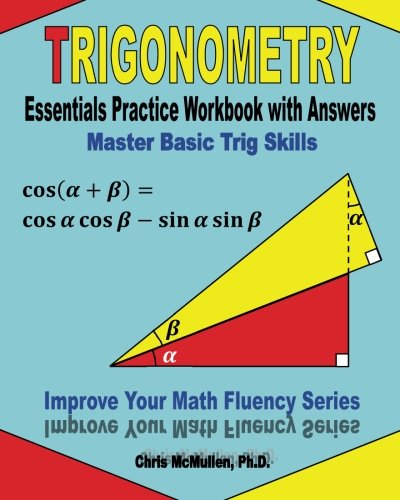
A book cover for Trigonometry Essentials Practice Workbook with Answers:  Master Basic Trig Skills: Improve Your Math Fluency Series; Chris McMullen; Science & Math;